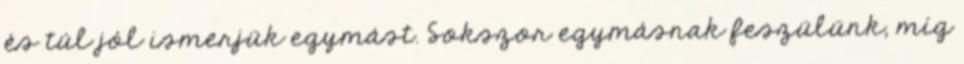
és túl jól ismerjük egymást. Sokszor egymásnak feszülünk, míg